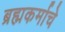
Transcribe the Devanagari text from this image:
ब्रह्मकर्माचे